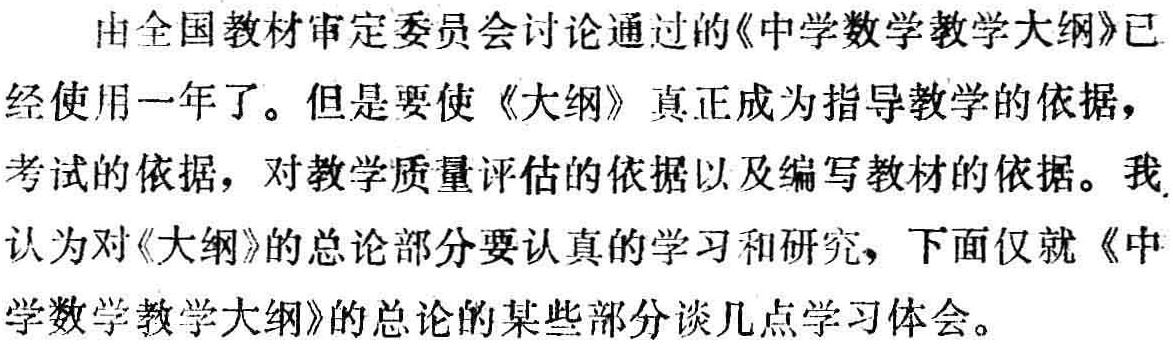
由全国教材审定委员会讨论通过的《中学数学教学大纲》已经使用一年了。但是要使《大纲》真正成为指导教学的依据，考试的依据，对教学质量评估的依据以及编写教材的依据。我认为对《大纲》的总论部分要认真的学习和研究，下面仅就《中学数学教学大纲》的总论的某些部分谈几点学习体会。